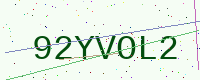
Text: 92YVOL2